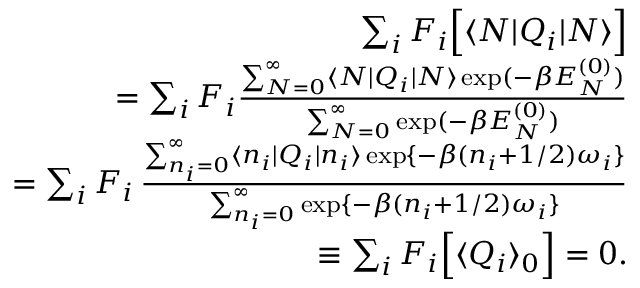
\begin{array} { r l r } & { } & { \sum _ { i } F _ { i } \Big [ \langle N | Q _ { i } | N \rangle \Big ] } \\ & { } & { = \sum _ { i } F _ { i } \frac { \sum _ { N = 0 } ^ { \infty } \langle N | Q _ { i } | N \rangle \exp ( - \beta E _ { N } ^ { ( 0 ) } ) } { \sum _ { N = 0 } ^ { \infty } \exp ( - \beta E _ { N } ^ { ( 0 ) } ) } } \\ & { } & { = \sum _ { i } F _ { i } \, \frac { \sum _ { n _ { i } = 0 } ^ { \infty } \langle n _ { i } | Q _ { i } | n _ { i } \rangle \exp \{ - \beta ( n _ { i } + 1 / 2 ) \omega _ { i } \} } { \sum _ { n _ { i } = 0 } ^ { \infty } \exp \{ - \beta ( n _ { i } + 1 / 2 ) \omega _ { i } \} } } \\ & { } & { \equiv \sum _ { i } F _ { i } \Big [ \langle Q _ { i } \rangle _ { 0 } \Big ] = 0 . } \end{array}